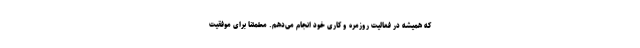
که همیشه در فعالیت روزمره و کاری خود انجام می‌دهم. مطمئنا برای موفقیت